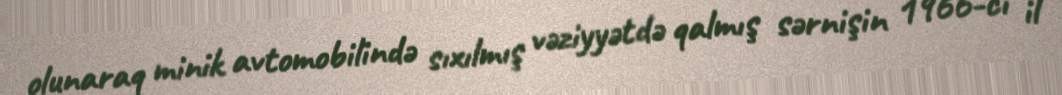
olunaraq minik avtomobilində sıxılmış vəziyyətdə qalmış sərnişin 1966-cı il